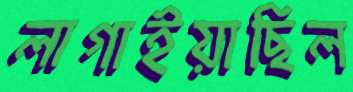
লাগাইয়াছিল